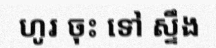
ហូរ ចុះ ទៅ ស្ទឹង